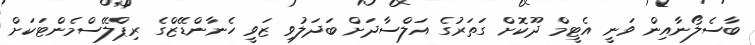
ބާސެލޯނާއިން ވަނީ އެޓީމް ދޫކޮށް ގަތަރުގެ އަލްސާދަށް ބަދަލުވި ޒަވީ ހެނާންޑޭޒްގެ ރިޕްލޭސްމެންޓަކަށް